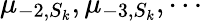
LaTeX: \mu_{-2,S_{k}},\mu_{-3,S_{k}},\cdots